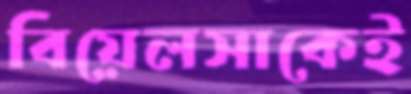
বিয়েলসাকেই